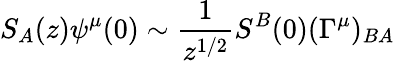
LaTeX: S_{A}(z)\psi^{\mu}(0)\sim{\frac{1}{z^{1/2}}}S^{B}(0)(\Gamma^{\mu})_{BA}